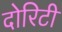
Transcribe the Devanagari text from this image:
दोरिटी